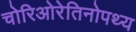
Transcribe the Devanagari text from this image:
चोरिओरेतिनोपथ्य